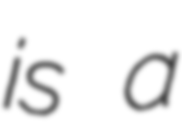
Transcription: is a